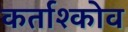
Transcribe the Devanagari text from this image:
कर्ताश्कोव